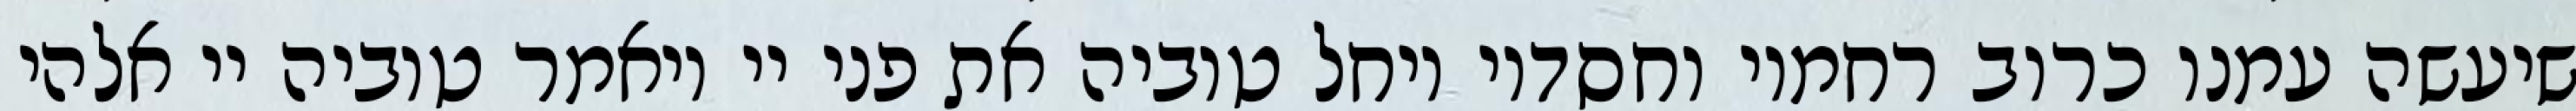
שיעשה עמנו כרוב רחמיו וחסדיו ויחל טוביה את פני יי ויאמר טוביה יי אלהי